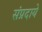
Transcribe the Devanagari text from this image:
संप्रदाये